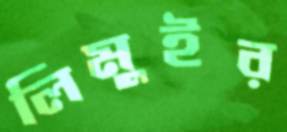
লিমুইর